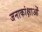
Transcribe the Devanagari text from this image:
जनाकांक्षाओं